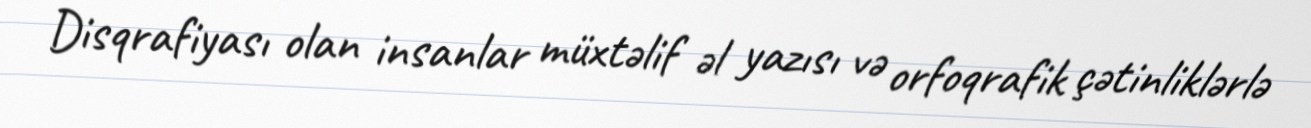
Disqrafiyası olan insanlar müxtəlif əl yazısı və orfoqrafik çətinliklərlə